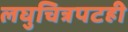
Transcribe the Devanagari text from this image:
लघुचित्रपटही